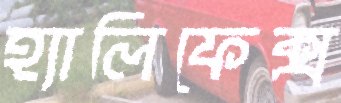
হ্যালিফেক্স